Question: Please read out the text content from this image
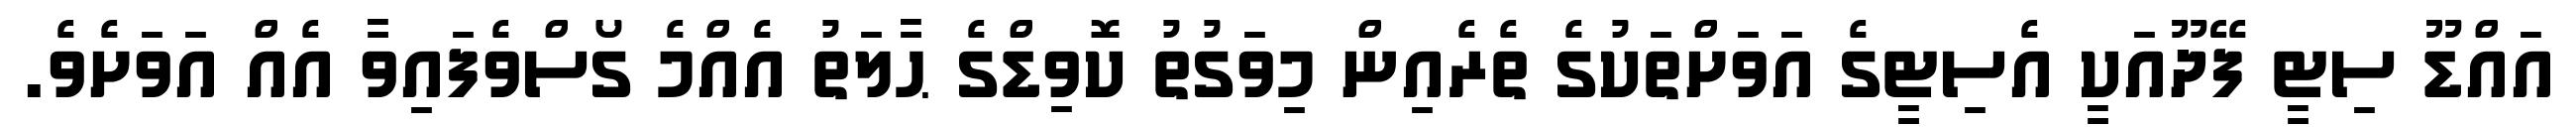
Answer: އައްޑޫ ސިޓީ ފޭދޫއަކީ އެސިޓީގެ އަވަށްތަކުގެ ތެރެއިން މިވަގުތު ކޮވިޑްގެ ޙާލަތު އެއްމެ ގޯސްވެފައިވާ އެއް އަވަށެވެ.